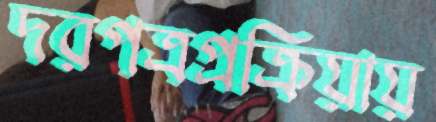
দরপত্রপ্রক্রিয়ায়